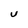
Character: U